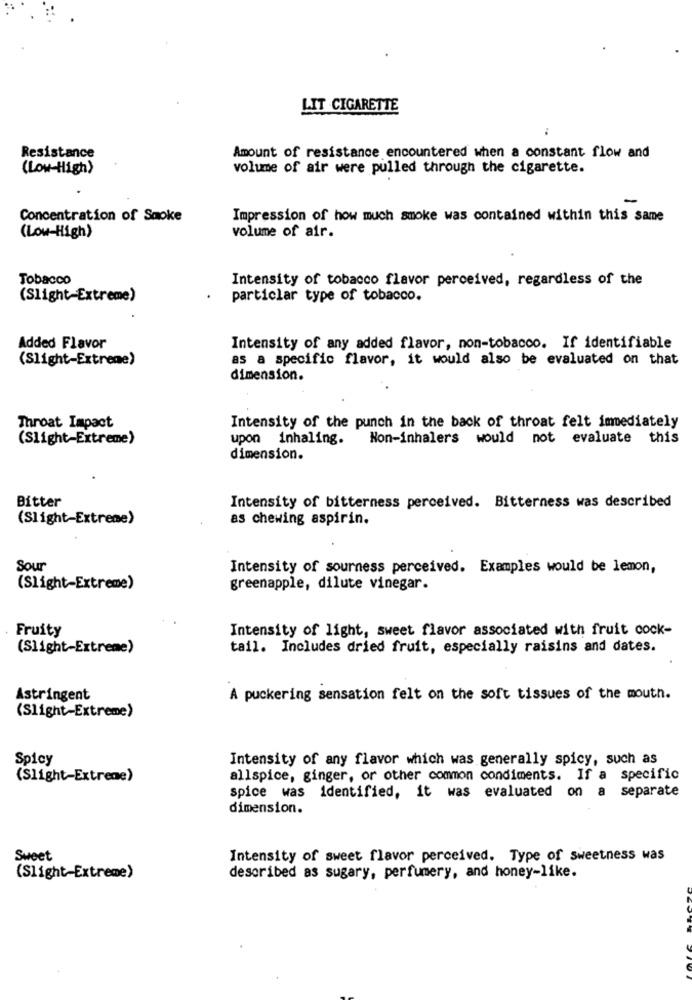
LIT CIGARETTE
Resistance
Amount of resistance encountered when a constant flow and
(Low-High)
volume of air were pulled through the cigarette.
-
Concentration of Smoke
Impression of how much smoke was contained within this same
(Low-High)
volume of air.
Tobacco
Intensity of tobacco flavor perceived, regardless of the
(Slight-Extreme)
particlar type of tobacco.
Added Flavor
Intensity of any added flavor, non-tobacco. If identifiable
(Slight-Extreme)
as a specific flavor, it would also be evaluated on that
dimension.
Throat Impact
Intensity of the punch in the back of throat felt immediately
(Slight-Extreme)
upon inhaling. Non-inhalers would not evaluate this
dimension.
Bitter
Intensity of bitterness perceived. Bitterness was described
(Slight-Extreme)
as chewing aspirin.
Sour
Intensity of sourness perceived. Examples would be lemon,
(Slight-Extreme)
greenapple, dilute vinegar.
Fruity
Intensity of light, sweet flavor associated with fruit cock-
(Slight-Extreme)
tail. Includes dried fruit, especially raisins and dates.
Astringent
A puckering sensation felt on the soft tissues of the mouth.
(Slight-Extreme)
Spicy
Intensity of any flavor which was generally spicy, such as
(Slight-Extreme)
allspice, ginger, or other common condiments. If a specific
spice was identified, it was evaluated on a separate
dimension.
Sweet
Intensity of sweet flavor perceived. Type of sweetness was
(Slight-Extreme)
described as sugary, perfumery, and honey-like.